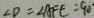
\angle D = \angle A F E = 9 0 ^ { \circ }